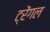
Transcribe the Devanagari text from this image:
ट्रेंगल